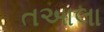
તઆલા